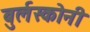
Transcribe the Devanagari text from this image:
बुर्लस्कोनी